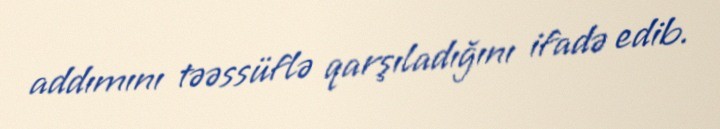
addımını təəssüflə qarşıladığını ifadə edib.